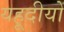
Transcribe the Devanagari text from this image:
यहूदीयों